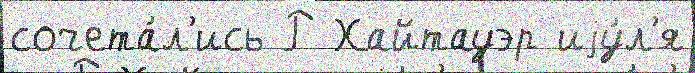
сочета́л'ись Р Хайтауэр иjу́л'я